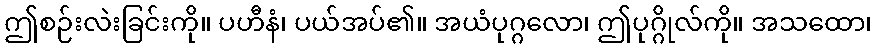
ဤစဉ်းလဲးခြင်းကို။ ပဟီနံ၊ ပယ်အပ်၏။ အယံပုဂ္ဂလော၊ ဤပုဂ္ဂိုလ်ကို။ အသထော၊